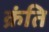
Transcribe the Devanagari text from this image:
क्रंति